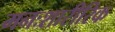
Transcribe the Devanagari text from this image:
मनःशारीरिक